Proceedings of the meeting of veterinary officers in India
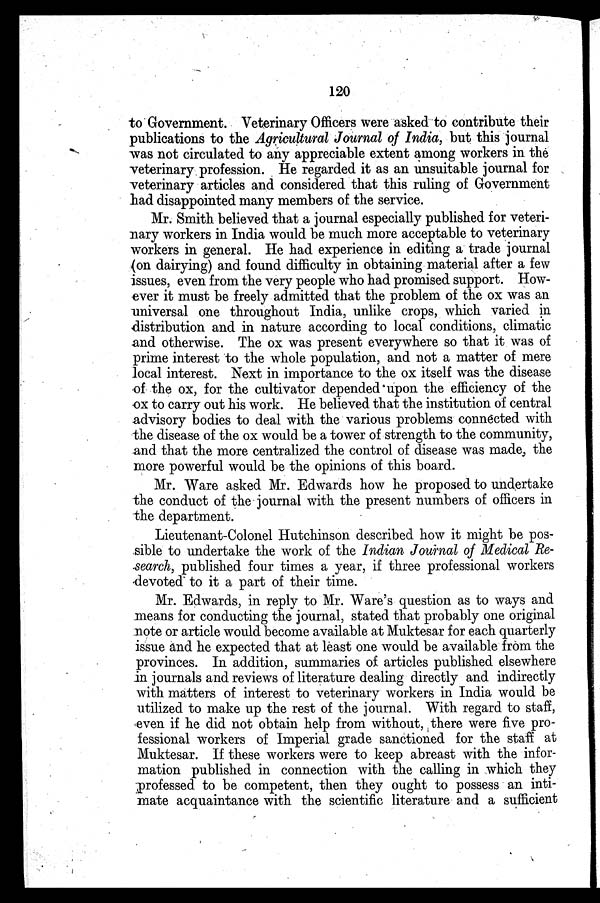
120
to Government. Veterinary Officers were asked to contribute their
publications to the Agricultural Journal of India, but this journal
was not circulated to any appreciable extent among workers in the
veterinary profession. He regarded it as an unsuitable journal for
veterinary articles and considered that this ruling of Government
had disappointed many members of the service.
Mr. Smith believed that a journal especially published for veteri-
nary workers in India would be much more acceptable to veterinary
workers in general. He had experience in editing a trade journal
(on dairying) and found difficulty in obtaining material after a few
issues, even from the very people who had promised support. How-
ever it must be freely admitted that the problem of the ox was an
universal one throughout India, unlike crops, which varied in
distribution and in nature according to local conditions, climatic
and otherwise. The ox was present everywhere so that it was of
prime interest to the whole population, and not a matter of mere
local interest. Next in importance to the ox itself was the disease
of the ox, for the cultivator depended upon the efficiency of the
ox to carry out his work. He believed that the institution of central
advisory bodies to deal with the various problems connected with
the disease of the ox would be a tower of strength to the community,
and that the more centralized the control of disease was made, the
more powerful would be the opinions of this board.
Mr. Ware asked Mr. Edwards how he proposed to undertake
the conduct of the journal with the present numbers of officers in
the department.
Lieutenant-Colonel Hutchinson described how it might be pos-
sible to undertake the work of the Indian Journal of Medical Re-
search, published four times a year, if three professional workers
devoted to it a part of their time.
Mr. Edwards, in reply to Mr. Ware's question as to ways and
means for conducting the journal, stated that probably one original
note or article would become available at Muktesar for each quarterly
issue and he expected that at least one would be available from the
provinces. In addition, summaries of articles published elsewhere
in journals and reviews of literature dealing directly and indirectly
with matters of interest to veterinary workers in India would be
utilized to make up the rest of the journal. With regard to staff,
even if he did not obtain help from without, there were five pro-
fessional workers of Imperial grade sanctioned for the staff at
Muktesar. If these workers were to keep abreast with the infor-
mation published in connection with the calling in which they
professed to be competent, then they ought to possess an inti-
mate acquaintance with the scientific literature and a sufficient